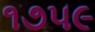
૧૭૫૯